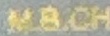
M.B.CH